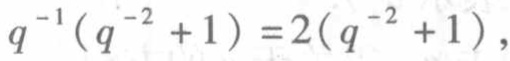
\(q^{-1}(q^{-2} + 1)=2(q^{-2} + 1)\)